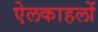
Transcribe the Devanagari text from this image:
ऐलकाहलों